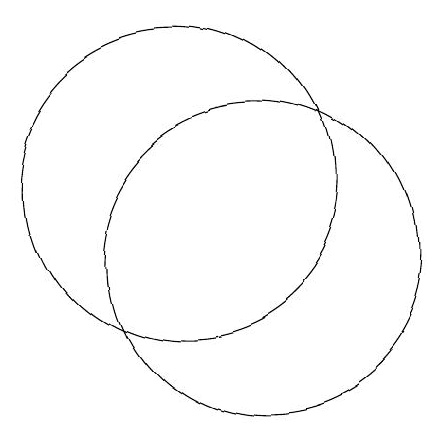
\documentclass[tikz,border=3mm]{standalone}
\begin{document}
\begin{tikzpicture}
\draw (11,11) circle (0);
\draw (11,10) circle (2);
\draw (10,11) circle (2);
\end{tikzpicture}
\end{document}